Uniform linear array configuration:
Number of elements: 24
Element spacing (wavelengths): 0.25
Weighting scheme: binomial
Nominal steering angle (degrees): -60
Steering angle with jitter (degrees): -58.303
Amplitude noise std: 0.05
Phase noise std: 0.05

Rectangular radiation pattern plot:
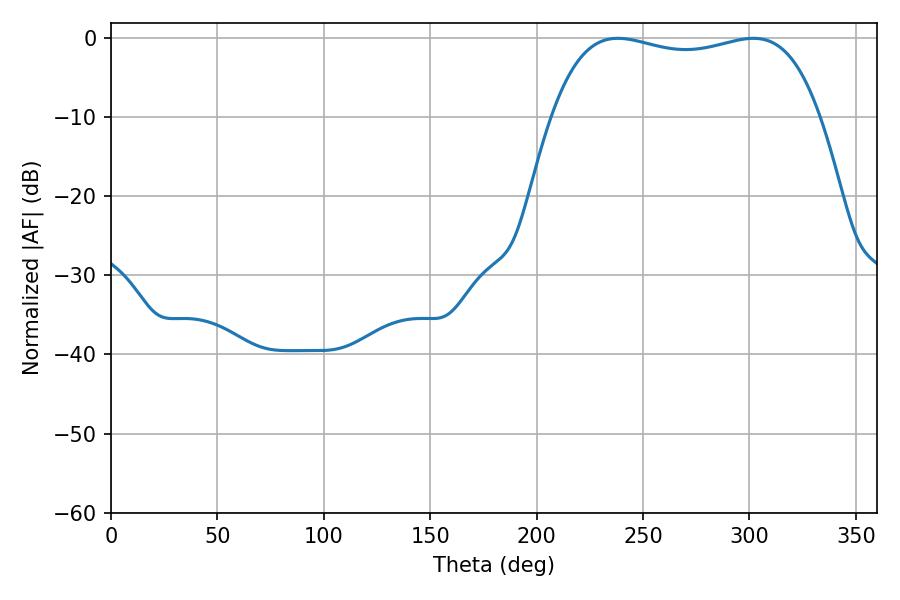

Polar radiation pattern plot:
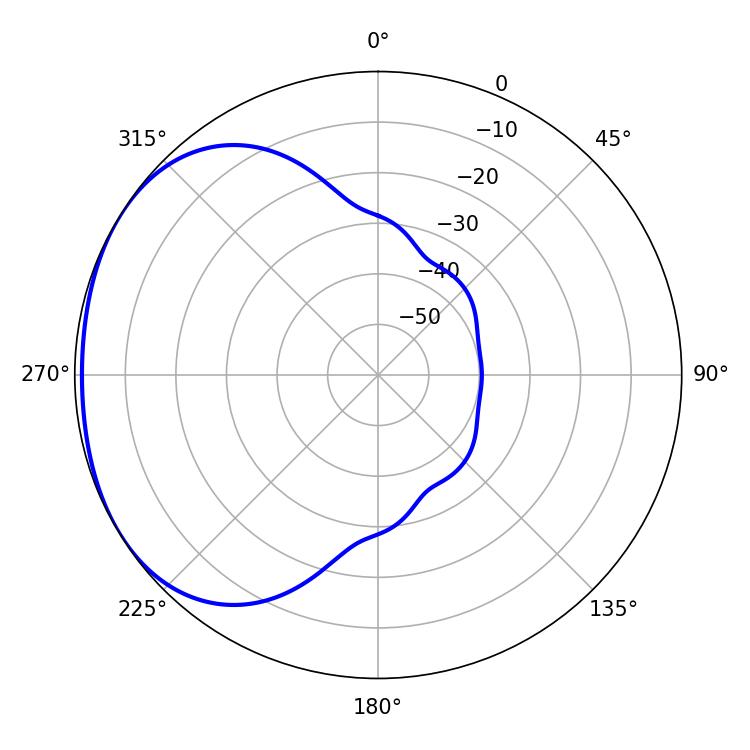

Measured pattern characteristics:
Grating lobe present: FALSE
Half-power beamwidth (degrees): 101.88
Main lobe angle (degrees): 238.14